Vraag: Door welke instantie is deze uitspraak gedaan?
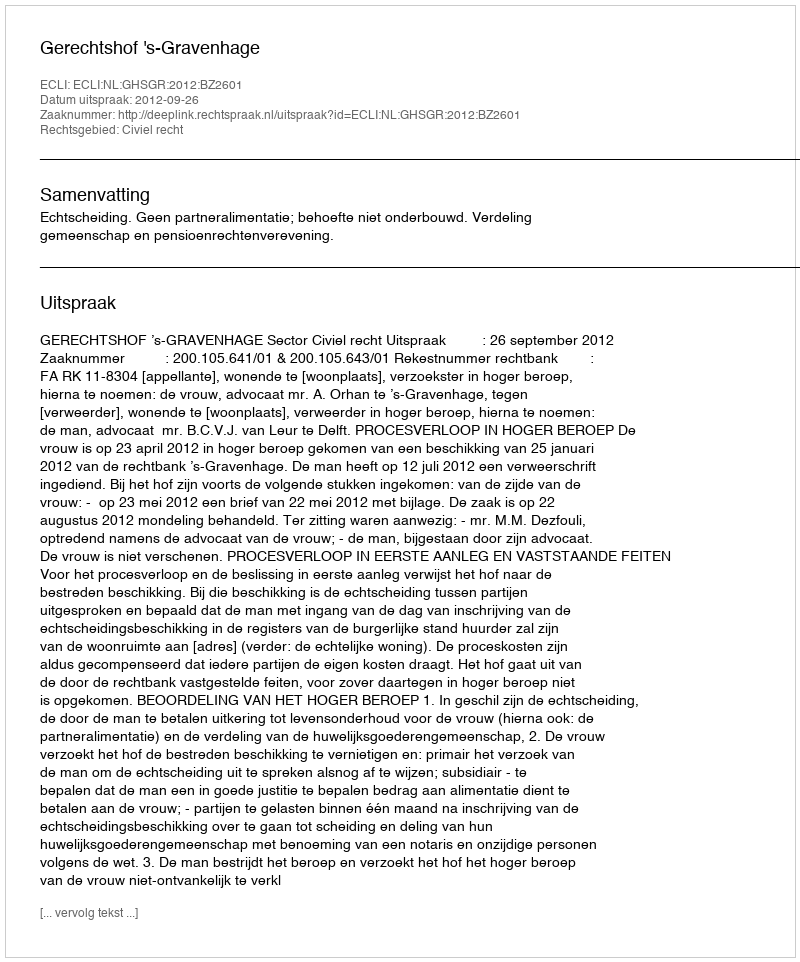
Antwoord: Gerechtshof 's-Gravenhage